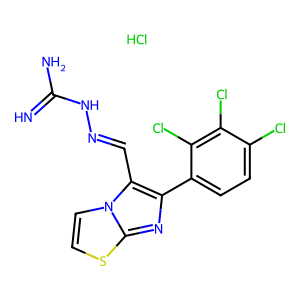
SMILES: Cl.N=C(N)NN=Cc1c(-c2ccc(Cl)c(Cl)c2Cl)nc2sccn12
Inhibits HIV replication: No